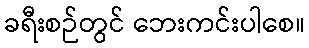
ခရီးစဉ်တွင် ဘေးကင်းပါစေ။